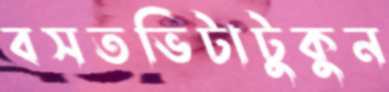
বসতভিটাটুকুন